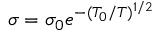
\sigma = \sigma _ { 0 } e ^ { - ( T _ { 0 } / T ) ^ { 1 / 2 } }